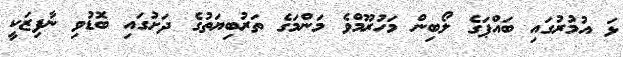
ޅަ އުމުރުގައި ބައްޕަގެ ލޯބިން މަހުރޫމްވެ މަންމަގެ ތަރުބިޔަތުގެ ދަށުގައި ބޮޑުވި ނާފިޒަކީ